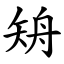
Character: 矪